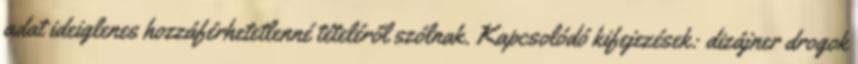
adat ideiglenes hozzáférhetetlenné tételéről szólnak. Kapcsolódó kifejezések: dizájner drogok